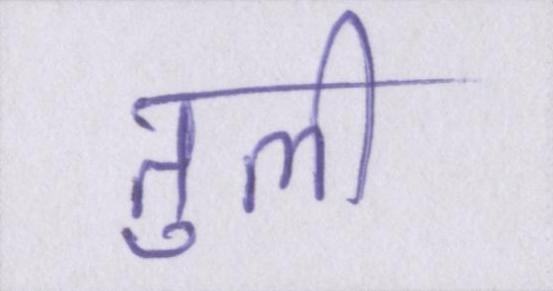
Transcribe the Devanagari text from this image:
तुली